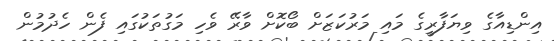
އިންޑިއާގެ ވިޔަފާރީގެ މައި މަރުކަޒަށް ބޯކޮށް ވާރޭ ވެހި މަގުތަކުގައި ފެން ހެދުމުން